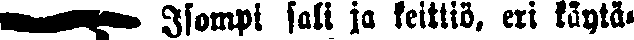
☛ Isompi sali ja keittiö, eri käytä-